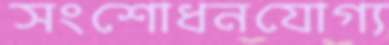
সংশোধনযোগ্য